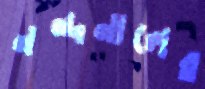
নন্দনালের